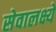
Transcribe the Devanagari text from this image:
सेवालक्ष्ये